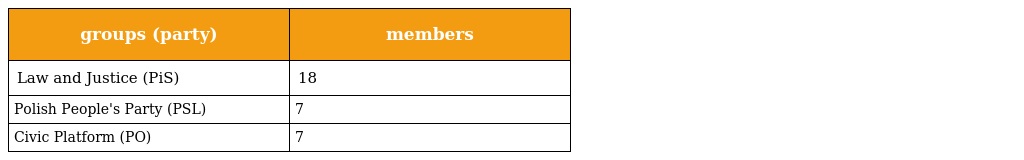
| groups (party) | members |
 | --- | --- |
 | Law and Justice (PiS) | 18 |
 | Polish People's Party (PSL) | 7 |
 | Civic Platform (PO) | 7 |